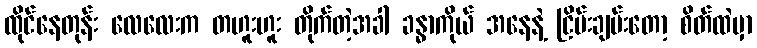
ထိုင်နေတုန်း လေလေးက တဟူးဟူး တိုက်တဲ့အခါ ခန္ဓာကိုယ် အနေနဲ့ ငြိမ်းချမ်းတော့ စိတ်ထဲမှာ